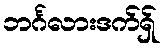
ဘင်္ဂလားဒက်ရှ်